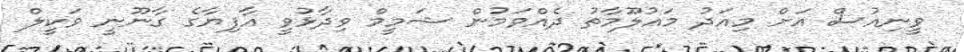
ވީނިއުސް އަށް މިއަދު މައުލޫމާތު ދެއްވަމުން ޝަމީމް ވިދާޅުވީ އާފިޔާގެ ގާނޫނީ ވަކީލް